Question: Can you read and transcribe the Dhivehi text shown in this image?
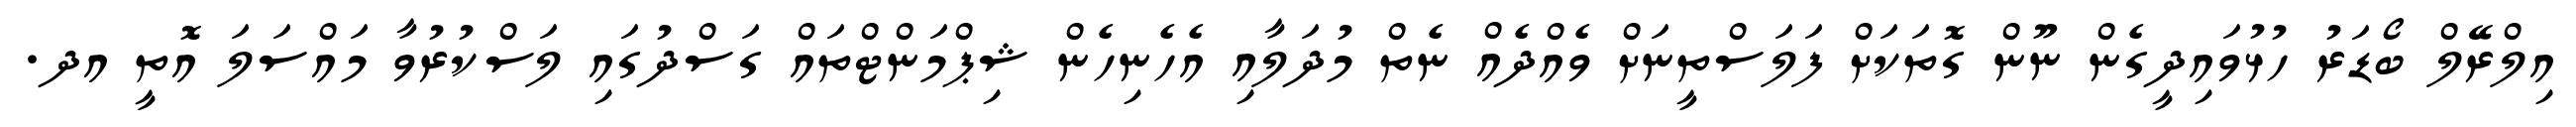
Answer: އިލްރޭލް ބޯޑަރު ހުޅުވައިދީގެން ނޫން ގޮތަކަށް ފަލަސްތީނަށް ވެއްދެއް ނެތް މުދަލާއި އެހެނިހެން ޝިޕްމަންޓްތައް ގަސްދުގައި ލަސްކުރުވާ މައްސަލަ އޮތީ އދ.